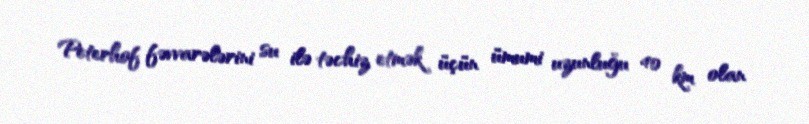
Peterhof fəvvarələrini su ilə təchiz etmək üçün ümumi uzunluğu 40 km olan